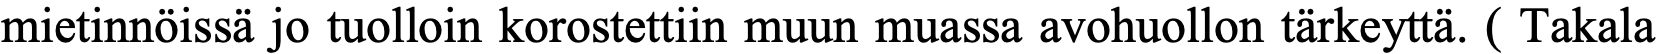
mietinnöissä jo tuolloin korostettiin muun muassa avohuollon tärkeyttä. ( Takala